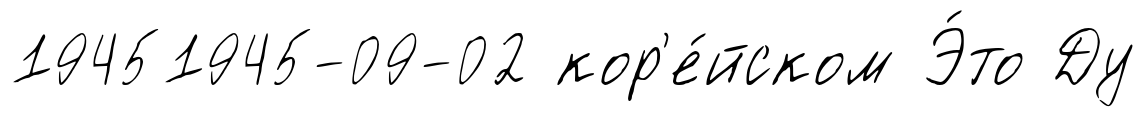
19451945-09-02 кор'е́йском Э́то Ду